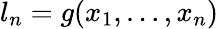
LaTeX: l_{n}=g(x_{1},\ldots,x_{n})